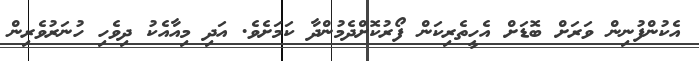
އެކުންފުނިން ވަރަށް ބޮޑަށް އެހީތެރިކަން ފޯރުކޮށްދެމުންދާ ކަމަށެވެ. އަދި މިއާއެކު ދިވެހި ހުނަރުވެރިން